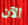
الآن